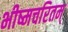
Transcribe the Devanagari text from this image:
भीष्मचरितम्